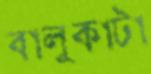
বালুকাটা